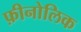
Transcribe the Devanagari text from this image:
फ़ीनोलिक